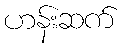
ဟန်းဆက်